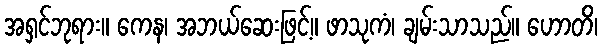
အရှင်ဘုရား။ ကေန၊ အဘယ်ဆေးဖြင့်။ ဖာသုကံ၊ ချမ်းသာသည်။ ဟောတိ၊